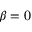
\beta = 0